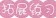
拓展练习